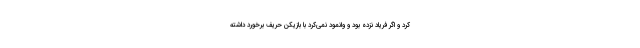
کرد و اگر فریاد نزده بود و وانمود نمی‌کرد با بازیکن حریف برخورد داشته